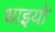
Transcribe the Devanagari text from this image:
धाइयो